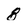
Character: 8